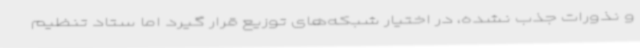
و نذورات جذب نشده، در اختیار شبکه‌های توزیع قرار گیرد اما ستاد تنظیم